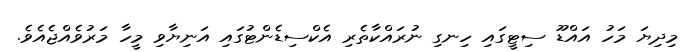
މިދިޔަ މަހު އައްޑޫ ސިޓީގައި ހިނގި ނުރައްކާތެރި އެކްސިޑެންޓުގައި އަނިޔާވި މީހާ މަރުވެއްޖެއެވެ.